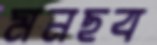
মনছব